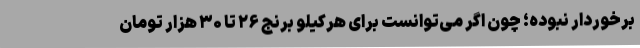
برخوردار نبوده؛ چون اگر می‌توانست برای هرکیلو برنج ۲۶ تا ۳۰ هزار تومان